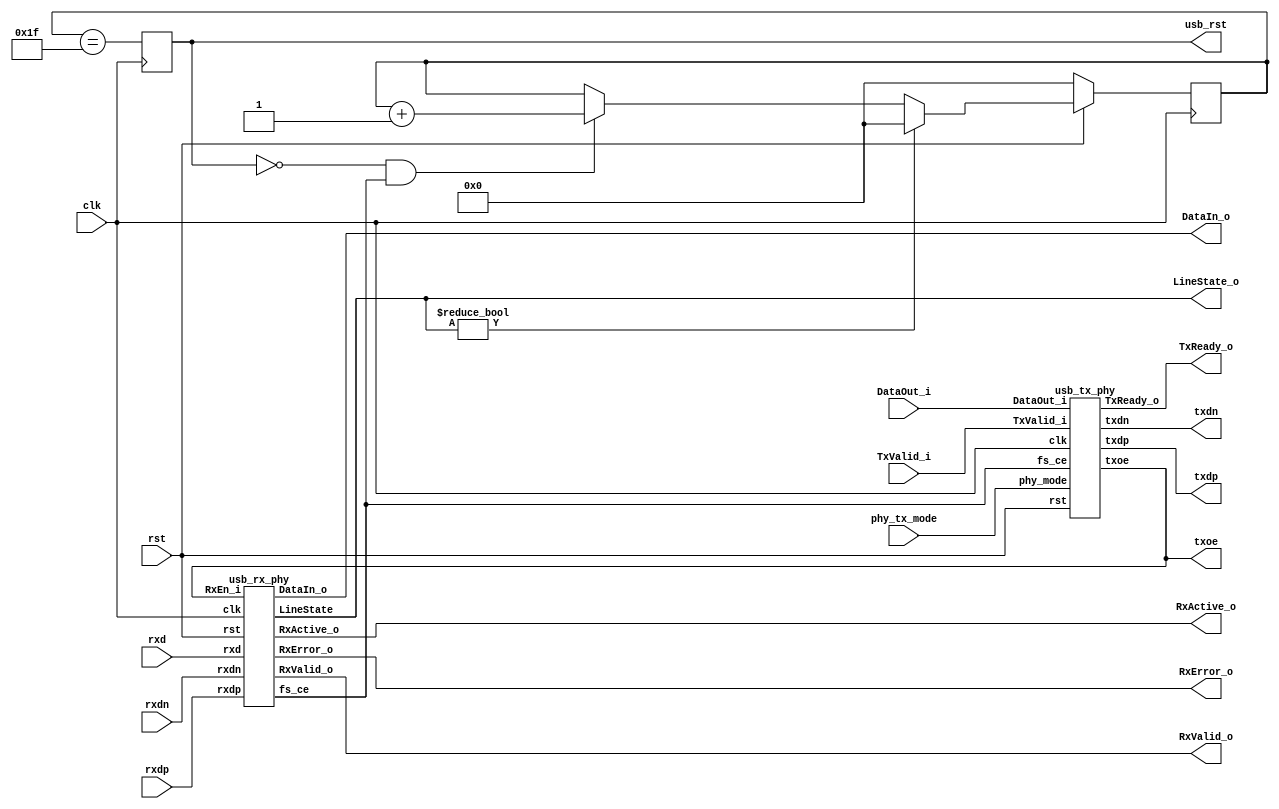
/////////////////////////////////////////////////////////////////////
////                                                             ////
////  USB 1.1 PHY                                                ////
////                                                             ////
////                                                             ////
////          rudi@asics.ws                                      ////
////                                                             ////
////                                                             ////
////  Downloaded from: http://www.opencores.org/cores/usb_phy/   ////
////                                                             ////
/////////////////////////////////////////////////////////////////////
////                                                             ////
//// Copyright (C) 2000-2002 Rudolf Usselmann                    ////
////                         www.asics.ws                        ////
////                         rudi@asics.ws                       ////
////                                                             ////
//// This source file may be used and distributed without        ////
//// restriction provided that this copyright statement is not   ////
//// removed from the file and that any derivative work contains ////
//// the original copyright notice and the associated disclaimer.////
////                                                             ////
////     THIS SOFTWARE IS PROVIDED ``AS IS'' AND WITHOUT ANY     ////
//// EXPRESS OR IMPLIED WARRANTIES, INCLUDING, BUT NOT LIMITED   ////
//// TO, THE IMPLIED WARRANTIES OF MERCHANTABILITY AND FITNESS   ////
//// FOR A PARTICULAR PURPOSE. IN NO EVENT SHALL THE AUTHOR      ////
//// OR CONTRIBUTORS BE LIABLE FOR ANY DIRECT, INDIRECT,         ////
//// INCIDENTAL, SPECIAL, EXEMPLARY, OR CONSEQUENTIAL DAMAGES    ////
//// (INCLUDING, BUT NOT LIMITED TO, PROCUREMENT OF SUBSTITUTE   ////
//// GOODS OR SERVICES; LOSS OF USE, DATA, OR PROFITS; OR        ////
//// BUSINESS INTERRUPTION) HOWEVER CAUSED AND ON ANY THEORY OF  ////
//// LIABILITY, WHETHER IN  CONTRACT, STRICT LIABILITY, OR TORT  ////
//// (INCLUDING NEGLIGENCE OR OTHERWISE) ARISING IN ANY WAY OUT  ////
//// OF THE USE OF THIS SOFTWARE, EVEN IF ADVISED OF THE         ////
//// POSSIBILITY OF SUCH DAMAGE.                                 ////
////                                                             ////
/////////////////////////////////////////////////////////////////////

//  CVS Log
//
//  $Id: usb_phy.v,v 1.4 2003-10-21 05:58:40 rudi Exp $
//
//  $Date: 2003-10-21 05:58:40 $
//  $Revision: 1.4 $
//  $Author: rudi $
//  $Locker:  $
//  $State: Exp $
//
// Change History:
//               $Log: not supported by cvs2svn $
//               Revision 1.3  2003/10/19 17:40:13  rudi
//               - Made core more robust against line noise
//               - Added Error Checking and Reporting
//               (See README.txt for more info)
//
//               Revision 1.2  2002/09/16 16:06:37  rudi
//               Changed top level name to be consistent ...
//
//               Revision 1.1.1.1  2002/09/16 14:26:59  rudi
//               Created Directory Structure
//
//
//
//
//
//
//
//

//`include "timescale.v"

module usb_phy(clk, rst, phy_tx_mode, usb_rst,
	
		// Transciever Interface
		txdp, txdn, txoe,	
		rxd, rxdp, rxdn,

		// UTMI Interface
		DataOut_i, TxValid_i, TxReady_o, RxValid_o,
		RxActive_o, RxError_o, DataIn_o, LineState_o
		);

input		clk;
input		rst;
input		phy_tx_mode;
output		usb_rst;
output		txdp, txdn, txoe;
input		rxd, rxdp, rxdn;
input	[7:0]	DataOut_i;
input		TxValid_i;
output		TxReady_o;
output	[7:0]	DataIn_o;
output		RxValid_o;
output		RxActive_o;
output		RxError_o;
output	[1:0]	LineState_o;

///////////////////////////////////////////////////////////////////
//
// Local Wires and Registers
//

reg	[4:0]	rst_cnt;
reg		usb_rst;
wire		fs_ce;
wire		rst;

///////////////////////////////////////////////////////////////////
//
// Misc Logic
//

///////////////////////////////////////////////////////////////////
//
// TX Phy
//

usb_tx_phy i_tx_phy(
	.clk(		clk		),
	.rst(		rst		),
	.fs_ce(		fs_ce		),
	.phy_mode(	phy_tx_mode	),

	// Transciever Interface
	.txdp(		txdp		),
	.txdn(		txdn		),
	.txoe(		txoe		),

	// UTMI Interface
	.DataOut_i(	DataOut_i	),
	.TxValid_i(	TxValid_i	),
	.TxReady_o(	TxReady_o	)
	);

///////////////////////////////////////////////////////////////////
//
// RX Phy and DPLL
//

usb_rx_phy i_rx_phy(
	.clk(		clk		),
	.rst(		rst		),
	.fs_ce(		fs_ce		),

	// Transciever Interface
	.rxd(		rxd		),
	.rxdp(		rxdp		),
	.rxdn(		rxdn		),

	// UTMI Interface
	.DataIn_o(	DataIn_o	),
	.RxValid_o(	RxValid_o	),
	.RxActive_o(	RxActive_o	),
	.RxError_o(	RxError_o	),
	.RxEn_i(	txoe		),
	.LineState(	LineState_o	)
	);

///////////////////////////////////////////////////////////////////
//
// Generate an USB Reset is we see SE0 for at least 2.5uS
//

`ifdef USB_ASYNC_REST
always @(posedge clk or negedge rst)
`else
always @(posedge clk)
`endif
	if(!rst)			rst_cnt <= 5'h0;
	else
	if(LineState_o != 2'h0)		rst_cnt <= 5'h0;
	else	
	if(!usb_rst && fs_ce)		rst_cnt <= rst_cnt + 5'h1;

always @(posedge clk)
	usb_rst <= (rst_cnt == 5'h1f);

endmodule
/////////////////////////////////////////////////////////////////////
////                                                             ////
////  USB 1.1 PHY                                                ////
////  RX & DPLL                                                  ////
////                                                             ////
////                                                             ////
////          rudi@asics.ws                                      ////
////                                                             ////
////                                                             ////
////  Downloaded from: http://www.opencores.org/cores/usb_phy/   ////
////                                                             ////
/////////////////////////////////////////////////////////////////////
////                                                             ////
//// Copyright (C) 2000-2002 Rudolf Usselmann                    ////
////                         www.asics.ws                        ////
////                         rudi@asics.ws                       ////
////                                                             ////
//// This source file may be used and distributed without        ////
//// restriction provided that this copyright statement is not   ////
//// removed from the file and that any derivative work contains ////
//// the original copyright notice and the associated disclaimer.////
////                                                             ////
////     THIS SOFTWARE IS PROVIDED ``AS IS'' AND WITHOUT ANY     ////
//// EXPRESS OR IMPLIED WARRANTIES, INCLUDING, BUT NOT LIMITED   ////
//// TO, THE IMPLIED WARRANTIES OF MERCHANTABILITY AND FITNESS   ////
//// FOR A PARTICULAR PURPOSE. IN NO EVENT SHALL THE AUTHOR      ////
//// OR CONTRIBUTORS BE LIABLE FOR ANY DIRECT, INDIRECT,         ////
//// INCIDENTAL, SPECIAL, EXEMPLARY, OR CONSEQUENTIAL DAMAGES    ////
//// (INCLUDING, BUT NOT LIMITED TO, PROCUREMENT OF SUBSTITUTE   ////
//// GOODS OR SERVICES; LOSS OF USE, DATA, OR PROFITS; OR        ////
//// BUSINESS INTERRUPTION) HOWEVER CAUSED AND ON ANY THEORY OF  ////
//// LIABILITY, WHETHER IN  CONTRACT, STRICT LIABILITY, OR TORT  ////
//// (INCLUDING NEGLIGENCE OR OTHERWISE) ARISING IN ANY WAY OUT  ////
//// OF THE USE OF THIS SOFTWARE, EVEN IF ADVISED OF THE         ////
//// POSSIBILITY OF SUCH DAMAGE.                                 ////
////                                                             ////
/////////////////////////////////////////////////////////////////////

//  CVS Log
//
//  $Id: usb_rx_phy.v,v 1.5 2004-10-19 09:29:07 rudi Exp $
//
//  $Date: 2004-10-19 09:29:07 $
//  $Revision: 1.5 $
//  $Author: rudi $
//  $Locker:  $
//  $State: Exp $
//
// Change History:
//               $Log: not supported by cvs2svn $
//               Revision 1.4  2003/12/02 04:56:00  rudi
//               Fixed a bug reported by Karl C. Posch from Graz University of Technology. Thanks Karl !
//
//               Revision 1.3  2003/10/19 18:07:45  rudi
//               - Fixed Sync Error to be only checked/generated during the sync phase
//
//               Revision 1.2  2003/10/19 17:40:13  rudi
//               - Made core more robust against line noise
//               - Added Error Checking and Reporting
//               (See README.txt for more info)
//
//               Revision 1.1.1.1  2002/09/16 14:27:01  rudi
//               Created Directory Structure
//
//
//
//
//
//
//
//

//`include "timescale.v"

module usb_rx_phy(	clk, rst, fs_ce,
	
			// Transciever Interface
			rxd, rxdp, rxdn,

			// UTMI Interface
			RxValid_o, RxActive_o, RxError_o, DataIn_o,
			RxEn_i, LineState);

input		clk;
input		rst;
output		fs_ce;
input		rxd, rxdp, rxdn;
output	[7:0]	DataIn_o;
output		RxValid_o;
output		RxActive_o;
output		RxError_o;
input		RxEn_i;
output	[1:0]	LineState;

///////////////////////////////////////////////////////////////////
//
// Local Wires and Registers
//

reg		rxd_s0, rxd_s1,  rxd_s;
reg		rxdp_s0, rxdp_s1, rxdp_s, rxdp_s_r;
reg		rxdn_s0, rxdn_s1, rxdn_s, rxdn_s_r;
reg		synced_d;
wire		k, j, se0;
reg		rxd_r;
reg		rx_en;
reg		rx_active;
reg	[2:0]	bit_cnt;
reg		rx_valid1, rx_valid;
reg		shift_en;
reg		sd_r;
reg		sd_nrzi;
reg	[7:0]	hold_reg;
wire		drop_bit;	// Indicates a stuffed bit
reg	[2:0]	one_cnt;

reg	[1:0]	dpll_state, dpll_next_state;
reg		fs_ce_d;
reg		fs_ce;
wire		change;
wire		lock_en;
reg	[2:0]	fs_state, fs_next_state;
reg		rx_valid_r;
reg		sync_err_d, sync_err;
reg		bit_stuff_err;
reg		se0_r, byte_err;
reg		se0_s;

///////////////////////////////////////////////////////////////////
//
// Misc Logic
//

assign RxActive_o = rx_active;
assign RxValid_o = rx_valid;
assign RxError_o = sync_err | bit_stuff_err | byte_err;
assign DataIn_o = hold_reg;
assign LineState = {rxdn_s1, rxdp_s1};

always @(posedge clk)	rx_en <= RxEn_i;
always @(posedge clk)	sync_err <= !rx_active & sync_err_d;

///////////////////////////////////////////////////////////////////
//
// Synchronize Inputs
//

// First synchronize to the local system clock to
// avoid metastability outside the sync block (*_s0).
// Then make sure we see the signal for at least two
// clock cycles stable to avoid glitches and noise

always @(posedge clk)	rxd_s0  <= rxd;
always @(posedge clk)	rxd_s1  <= rxd_s0;
always @(posedge clk)							// Avoid detecting Line Glitches and noise
	if(rxd_s0 && rxd_s1)	rxd_s <= 1'b1;
	else
	if(!rxd_s0 && !rxd_s1)	rxd_s <= 1'b0;

always @(posedge clk)	rxdp_s0  <= rxdp;
always @(posedge clk)	rxdp_s1  <= rxdp_s0;
always @(posedge clk)	rxdp_s_r <= rxdp_s0 & rxdp_s1;
always @(posedge clk)	rxdp_s   <= (rxdp_s0 & rxdp_s1) | rxdp_s_r;	// Avoid detecting Line Glitches and noise

always @(posedge clk)	rxdn_s0  <= rxdn;
always @(posedge clk)	rxdn_s1  <= rxdn_s0;
always @(posedge clk)	rxdn_s_r <= rxdn_s0 & rxdn_s1;
always @(posedge clk)	rxdn_s   <= (rxdn_s0 & rxdn_s1) | rxdn_s_r;	// Avoid detecting Line Glitches and noise

assign k = !rxdp_s &  rxdn_s;
assign j =  rxdp_s & !rxdn_s;
assign se0 = !rxdp_s & !rxdn_s;

always @(posedge clk)	if(fs_ce)	se0_s <= se0;

///////////////////////////////////////////////////////////////////
//
// DPLL
//

// This design uses a clock enable to do 12Mhz timing and not a
// real 12Mhz clock. Everything always runs at 48Mhz. We want to
// make sure however, that the clock enable is always exactly in
// the middle between two virtual 12Mhz rising edges.
// We monitor rxdp and rxdn for any changes and do the appropiate
// adjustments.
// In addition to the locking done in the dpll FSM, we adjust the
// final latch enable to compensate for various sync registers ...

// Allow lockinf only when we are receiving
assign	lock_en = rx_en;

always @(posedge clk)	rxd_r <= rxd_s;

// Edge detector
assign change = rxd_r != rxd_s;

// DPLL FSM
`ifdef USB_ASYNC_REST
always @(posedge clk or negedge rst)
`else
always @(posedge clk)
`endif
	if(!rst)	dpll_state <= 2'h1;
	else		dpll_state <= dpll_next_state;

always @(dpll_state or lock_en or change)
   begin
	fs_ce_d = 1'b0;
	case(dpll_state)	// synopsys full_case parallel_case
	   2'h0:
		if(lock_en && change)	dpll_next_state = 2'h0;
		else			dpll_next_state = 2'h1;
	   2'h1:begin
		fs_ce_d = 1'b1;
		if(lock_en && change)	dpll_next_state = 2'h3;
		else			dpll_next_state = 2'h2;
		end
	   2'h2:
		if(lock_en && change)	dpll_next_state = 2'h0;
		else			dpll_next_state = 2'h3;
	   2'h3:
		if(lock_en && change)	dpll_next_state = 2'h0;
		else			dpll_next_state = 2'h0;
	endcase
   end

// Compensate for sync registers at the input - allign full speed
// clock enable to be in the middle between two bit changes ...
reg	fs_ce_r1, fs_ce_r2;

always @(posedge clk)	fs_ce_r1 <= fs_ce_d;
always @(posedge clk)	fs_ce_r2 <= fs_ce_r1;
always @(posedge clk)	fs_ce <= fs_ce_r2;


///////////////////////////////////////////////////////////////////
//
// Find Sync Pattern FSM
//

parameter	FS_IDLE	= 3'h0,
		K1	= 3'h1,
		J1	= 3'h2,
		K2	= 3'h3,
		J2	= 3'h4,
		K3	= 3'h5,
		J3	= 3'h6,
		K4	= 3'h7;

`ifdef USB_ASYNC_REST
always @(posedge clk or negedge rst)
`else
always @(posedge clk)
`endif
	if(!rst)	fs_state <= FS_IDLE;
	else		fs_state <= fs_next_state;

always @(fs_state or fs_ce or k or j or rx_en or rx_active or se0 or se0_s)
   begin
	synced_d = 1'b0;
	sync_err_d = 1'b0;
	fs_next_state = fs_state;
	if(fs_ce && !rx_active && !se0 && !se0_s)
	   case(fs_state)	// synopsys full_case parallel_case
		FS_IDLE:
		     begin
			if(k && rx_en)	fs_next_state = K1;
		     end
		K1:
		     begin
			if(j && rx_en)	fs_next_state = J1;
			else
			   begin
					sync_err_d = 1'b1;
					fs_next_state = FS_IDLE;
			   end
		     end
		J1:
		     begin
			if(k && rx_en)	fs_next_state = K2;
			else
			   begin
					sync_err_d = 1'b1;
					fs_next_state = FS_IDLE;
			   end
		     end
		K2:
		     begin
			if(j && rx_en)	fs_next_state = J2;
			else
			   begin
					sync_err_d = 1'b1;
					fs_next_state = FS_IDLE;
			   end
		     end
		J2:
		     begin
			if(k && rx_en)	fs_next_state = K3;
			else
			   begin
					sync_err_d = 1'b1;
					fs_next_state = FS_IDLE;
			   end
		     end
		K3:
		     begin
			if(j && rx_en)	fs_next_state = J3;
			else
			if(k && rx_en)
			   begin
					fs_next_state = FS_IDLE;	// Allow missing first K-J
					synced_d = 1'b1;
			   end
			else
			   begin
					sync_err_d = 1'b1;
					fs_next_state = FS_IDLE;
			   end
		     end
		J3:
		     begin
			if(k && rx_en)	fs_next_state = K4;
			else
			   begin
					sync_err_d = 1'b1;
					fs_next_state = FS_IDLE;
			   end
		     end
		K4:
		     begin
			if(k)	synced_d = 1'b1;
			fs_next_state = FS_IDLE;
		     end
	   endcase
   end

///////////////////////////////////////////////////////////////////
//
// Generate RxActive
//

`ifdef USB_ASYNC_REST
always @(posedge clk or negedge rst)
`else
always @(posedge clk)
`endif
	if(!rst)		rx_active <= 1'b0;
	else
	if(synced_d && rx_en)	rx_active <= 1'b1;
	else
	if(se0 && rx_valid_r)	rx_active <= 1'b0;

always @(posedge clk)
	if(rx_valid)	rx_valid_r <= 1'b1;
	else
	if(fs_ce)	rx_valid_r <= 1'b0;

///////////////////////////////////////////////////////////////////
//
// NRZI Decoder
//

always @(posedge clk)
	if(fs_ce)	sd_r <= rxd_s;

`ifdef USB_ASYNC_REST
always @(posedge clk or negedge rst)
`else
always @(posedge clk)
`endif
	if(!rst)		sd_nrzi <= 1'b0;
	else
	if(!rx_active)		sd_nrzi <= 1'b1;
	else
	if(rx_active && fs_ce)	sd_nrzi <= !(rxd_s ^ sd_r);

///////////////////////////////////////////////////////////////////
//
// Bit Stuff Detect
//

`ifdef USB_ASYNC_REST
always @(posedge clk or negedge rst)
`else
always @(posedge clk)
`endif
	if(!rst)	one_cnt <= 3'h0;
	else
	if(!shift_en)	one_cnt <= 3'h0;
	else
	if(fs_ce)
	   begin
		if(!sd_nrzi || drop_bit)	one_cnt <= 3'h0;
		else				one_cnt <= one_cnt + 3'h1;
	   end

assign drop_bit = (one_cnt==3'h6);

always @(posedge clk)	bit_stuff_err <= drop_bit & sd_nrzi & fs_ce & !se0 & rx_active; // Bit Stuff Error

///////////////////////////////////////////////////////////////////
//
// Serial => Parallel converter
//

always @(posedge clk)
	if(fs_ce)	shift_en <= synced_d | rx_active;

always @(posedge clk)
	if(fs_ce && shift_en && !drop_bit)
		hold_reg <= {sd_nrzi, hold_reg[7:1]};

///////////////////////////////////////////////////////////////////
//
// Generate RxValid
//

`ifdef USB_ASYNC_REST
always @(posedge clk or negedge rst)
`else
always @(posedge clk)
`endif
	if(!rst)		bit_cnt <= 3'b0;
	else
	if(!shift_en)		bit_cnt <= 3'h0;
	else
	if(fs_ce && !drop_bit)	bit_cnt <= bit_cnt + 3'h1;

`ifdef USB_ASYNC_REST
always @(posedge clk or negedge rst)
`else
always @(posedge clk)
`endif
	if(!rst)					rx_valid1 <= 1'b0;
	else
	if(fs_ce && !drop_bit && (bit_cnt==3'h7))	rx_valid1 <= 1'b1;
	else
	if(rx_valid1 && fs_ce && !drop_bit)		rx_valid1 <= 1'b0;

always @(posedge clk)	rx_valid <= !drop_bit & rx_valid1 & fs_ce;

always @(posedge clk)	se0_r <= se0;

always @(posedge clk)	byte_err <= se0 & !se0_r & (|bit_cnt[2:1]) & rx_active;

endmodule

/////////////////////////////////////////////////////////////////////
////                                                             ////
////  USB 1.1 PHY                                                ////
////  TX                                                         ////
////                                                             ////
////                                                             ////
////          rudi@asics.ws                                      ////
////                                                             ////
////                                                             ////
////  Downloaded from: http://www.opencores.org/cores/usb_phy/   ////
////                                                             ////
/////////////////////////////////////////////////////////////////////
////                                                             ////
//// Copyright (C) 2000-2002 Rudolf Usselmann                    ////
////                         www.asics.ws                        ////
////                         rudi@asics.ws                       ////
////                                                             ////
//// This source file may be used and distributed without        ////
//// restriction provided that this copyright statement is not   ////
//// removed from the file and that any derivative work contains ////
//// the original copyright notice and the associated disclaimer.////
////                                                             ////
////     THIS SOFTWARE IS PROVIDED ``AS IS'' AND WITHOUT ANY     ////
//// EXPRESS OR IMPLIED WARRANTIES, INCLUDING, BUT NOT LIMITED   ////
//// TO, THE IMPLIED WARRANTIES OF MERCHANTABILITY AND FITNESS   ////
//// FOR A PARTICULAR PURPOSE. IN NO EVENT SHALL THE AUTHOR      ////
//// OR CONTRIBUTORS BE LIABLE FOR ANY DIRECT, INDIRECT,         ////
//// INCIDENTAL, SPECIAL, EXEMPLARY, OR CONSEQUENTIAL DAMAGES    ////
//// (INCLUDING, BUT NOT LIMITED TO, PROCUREMENT OF SUBSTITUTE   ////
//// GOODS OR SERVICES; LOSS OF USE, DATA, OR PROFITS; OR        ////
//// BUSINESS INTERRUPTION) HOWEVER CAUSED AND ON ANY THEORY OF  ////
//// LIABILITY, WHETHER IN  CONTRACT, STRICT LIABILITY, OR TORT  ////
//// (INCLUDING NEGLIGENCE OR OTHERWISE) ARISING IN ANY WAY OUT  ////
//// OF THE USE OF THIS SOFTWARE, EVEN IF ADVISED OF THE         ////
//// POSSIBILITY OF SUCH DAMAGE.                                 ////
////                                                             ////
/////////////////////////////////////////////////////////////////////

//  CVS Log
//
//  $Id: usb_tx_phy.v,v 1.4 2004-10-19 09:29:07 rudi Exp $
//
//  $Date: 2004-10-19 09:29:07 $
//  $Revision: 1.4 $
//  $Author: rudi $
//  $Locker:  $
//  $State: Exp $
//
// Change History:
//               $Log: not supported by cvs2svn $
//               Revision 1.3  2003/10/21 05:58:41  rudi
//               usb_rst is no longer or'ed with the incomming reset internally.
//               Now usb_rst is simply an output, the application can decide how
//               to utilize it.
//
//               Revision 1.2  2003/10/19 17:40:13  rudi
//               - Made core more robust against line noise
//               - Added Error Checking and Reporting
//               (See README.txt for more info)
//
//               Revision 1.1.1.1  2002/09/16 14:27:02  rudi
//               Created Directory Structure
//
//
//
//
//
//
//

//`include "timescale.v"

module usb_tx_phy(
		clk, rst, fs_ce, phy_mode,
	
		// Transciever Interface
		txdp, txdn, txoe,	

		// UTMI Interface
		DataOut_i, TxValid_i, TxReady_o
		);

input		clk;
input		rst;
input		fs_ce;
input		phy_mode;
output		txdp, txdn, txoe;
input	[7:0]	DataOut_i;
input		TxValid_i;
output		TxReady_o;

///////////////////////////////////////////////////////////////////
//
// Local Wires and Registers
//

parameter	IDLE	= 3'd0,
		SOP	= 3'h1,
		DATA	= 3'h2,
		EOP1	= 3'h3,
		EOP2	= 3'h4,
		WAIT	= 3'h5;

reg		TxReady_o;
reg	[2:0]	state, next_state;
reg		tx_ready_d;
reg		ld_sop_d;
reg		ld_data_d;
reg		ld_eop_d;
reg		tx_ip;
reg		tx_ip_sync;
reg	[2:0]	bit_cnt;
reg	[7:0]	hold_reg;
reg	[7:0]	hold_reg_d;

reg		sd_raw_o;
wire		hold;
reg		data_done;
reg		sft_done;
reg		sft_done_r;
wire		sft_done_e;
reg		ld_data;
wire		eop_done;
reg	[2:0]	one_cnt;
wire		stuff;
reg		sd_bs_o;
reg		sd_nrzi_o;
reg		append_eop;
reg		append_eop_sync1;
reg		append_eop_sync2;
reg		append_eop_sync3;
reg		append_eop_sync4;
reg		txdp, txdn;
reg		txoe_r1, txoe_r2;
reg		txoe;

///////////////////////////////////////////////////////////////////
//
// Misc Logic
//

`ifdef USB_ASYNC_REST
always @(posedge clk or negedge rst)
`else
always @(posedge clk)
`endif
	if(!rst)	TxReady_o <= 1'b0;
	else		TxReady_o <= tx_ready_d & TxValid_i;

always @(posedge clk) ld_data <= ld_data_d;

///////////////////////////////////////////////////////////////////
//
// Transmit in progress indicator
//

`ifdef USB_ASYNC_REST
always @(posedge clk or negedge rst)
`else
always @(posedge clk)
`endif
	if(!rst)	tx_ip <= 1'b0;
	else
	if(ld_sop_d)	tx_ip <= 1'b1;
	else
	if(eop_done)	tx_ip <= 1'b0;

`ifdef USB_ASYNC_REST
always @(posedge clk or negedge rst)
`else
always @(posedge clk)
`endif
	if(!rst)		tx_ip_sync <= 1'b0;
	else
	if(fs_ce)		tx_ip_sync <= tx_ip;

// data_done helps us to catch cases where TxValid drops due to
// packet end and then gets re-asserted as a new packet starts.
// We might not see this because we are still transmitting.
// data_done should solve those cases ...
`ifdef USB_ASYNC_REST
always @(posedge clk or negedge rst)
`else
always @(posedge clk)
`endif
	if(!rst)			data_done <= 1'b0;
	else
	if(TxValid_i && ! tx_ip)	data_done <= 1'b1;
	else
	if(!TxValid_i)			data_done <= 1'b0;

///////////////////////////////////////////////////////////////////
//
// Shift Register
//

`ifdef USB_ASYNC_REST
always @(posedge clk or negedge rst)
`else
always @(posedge clk)
`endif
	if(!rst)		bit_cnt <= 3'h0;
	else
	if(!tx_ip_sync)		bit_cnt <= 3'h0;
	else
	if(fs_ce && !hold)	bit_cnt <= bit_cnt + 3'h1;

assign hold = stuff;

always @(posedge clk)
	if(!tx_ip_sync)		sd_raw_o <= 1'b0;
	else
	case(bit_cnt)	// synopsys full_case parallel_case
	   3'h0: sd_raw_o <= hold_reg_d[0];
	   3'h1: sd_raw_o <= hold_reg_d[1];
	   3'h2: sd_raw_o <= hold_reg_d[2];
	   3'h3: sd_raw_o <= hold_reg_d[3];
	   3'h4: sd_raw_o <= hold_reg_d[4];
	   3'h5: sd_raw_o <= hold_reg_d[5];
	   3'h6: sd_raw_o <= hold_reg_d[6];
	   3'h7: sd_raw_o <= hold_reg_d[7];
	endcase

always @(posedge clk)
	sft_done <= !hold & (bit_cnt == 3'h7);

always @(posedge clk)
	sft_done_r <= sft_done;

assign sft_done_e = sft_done & !sft_done_r;

// Out Data Hold Register
always @(posedge clk)
	if(ld_sop_d)	hold_reg <= 8'h80;
	else
	if(ld_data)	hold_reg <= DataOut_i;

always @(posedge clk) hold_reg_d <= hold_reg;

///////////////////////////////////////////////////////////////////
//
// Bit Stuffer
//

`ifdef USB_ASYNC_REST
always @(posedge clk or negedge rst)
`else
always @(posedge clk)
`endif
	if(!rst)	one_cnt <= 3'h0;
	else
	if(!tx_ip_sync)	one_cnt <= 3'h0;
	else
	if(fs_ce)
	   begin
		if(!sd_raw_o || stuff)	one_cnt <= 3'h0;
		else			one_cnt <= one_cnt + 3'h1;
	   end

assign stuff = (one_cnt==3'h6);

`ifdef USB_ASYNC_REST
always @(posedge clk or negedge rst)
`else
always @(posedge clk)
`endif
	if(!rst)	sd_bs_o <= 1'h0;
	else
	if(fs_ce)	sd_bs_o <= !tx_ip_sync ? 1'b0 : (stuff ? 1'b0 : sd_raw_o);

///////////////////////////////////////////////////////////////////
//
// NRZI Encoder
//

`ifdef USB_ASYNC_REST
always @(posedge clk or negedge rst)
`else
always @(posedge clk)
`endif
	if(!rst)			sd_nrzi_o <= 1'b1;
	else
	if(!tx_ip_sync || !txoe_r1)	sd_nrzi_o <= 1'b1;
	else
	if(fs_ce)			sd_nrzi_o <= sd_bs_o ? sd_nrzi_o : ~sd_nrzi_o;

///////////////////////////////////////////////////////////////////
//
// EOP append logic
//

`ifdef USB_ASYNC_REST
always @(posedge clk or negedge rst)
`else
always @(posedge clk)
`endif
	if(!rst)		append_eop <= 1'b0;
	else
	if(ld_eop_d)		append_eop <= 1'b1;
	else
	if(append_eop_sync2)	append_eop <= 1'b0;

`ifdef USB_ASYNC_REST
always @(posedge clk or negedge rst)
`else
always @(posedge clk)
`endif
	if(!rst)	append_eop_sync1 <= 1'b0;
	else
	if(fs_ce)	append_eop_sync1 <= append_eop;

`ifdef USB_ASYNC_REST
always @(posedge clk or negedge rst)
`else
always @(posedge clk)
`endif
	if(!rst)	append_eop_sync2 <= 1'b0;
	else
	if(fs_ce)	append_eop_sync2 <= append_eop_sync1;

`ifdef USB_ASYNC_REST
always @(posedge clk or negedge rst)
`else
always @(posedge clk)
`endif
	if(!rst)	append_eop_sync3 <= 1'b0;
	else
	if(fs_ce)	append_eop_sync3 <= append_eop_sync2 |
			(append_eop_sync3 & !append_eop_sync4);	// Make sure always 2 bit wide

`ifdef USB_ASYNC_REST
always @(posedge clk or negedge rst)
`else
always @(posedge clk)
`endif
	if(!rst)	append_eop_sync4 <= 1'b0;
	else
	if(fs_ce)	append_eop_sync4 <= append_eop_sync3;

assign eop_done = append_eop_sync3;

///////////////////////////////////////////////////////////////////
//
// Output Enable Logic
//

`ifdef USB_ASYNC_REST
always @(posedge clk or negedge rst)
`else
always @(posedge clk)
`endif
	if(!rst)	txoe_r1 <= 1'b0;
	else
	if(fs_ce)	txoe_r1 <= tx_ip_sync;

`ifdef USB_ASYNC_REST
always @(posedge clk or negedge rst)
`else
always @(posedge clk)
`endif
	if(!rst)	txoe_r2 <= 1'b0;
	else
	if(fs_ce)	txoe_r2 <= txoe_r1;

`ifdef USB_ASYNC_REST
always @(posedge clk or negedge rst)
`else
always @(posedge clk)
`endif
	if(!rst)	txoe <= 1'b1;
	else
	if(fs_ce)	txoe <= !(txoe_r1 | txoe_r2);

///////////////////////////////////////////////////////////////////
//
// Output Registers
//

`ifdef USB_ASYNC_REST
always @(posedge clk or negedge rst)
`else
always @(posedge clk)
`endif
	if(!rst)	txdp <= 1'b1;
	else
	if(fs_ce)	txdp <= phy_mode ?
					(!append_eop_sync3 &  sd_nrzi_o) :
					sd_nrzi_o;

`ifdef USB_ASYNC_REST
always @(posedge clk or negedge rst)
`else
always @(posedge clk)
`endif
	if(!rst)	txdn <= 1'b0;
	else
	if(fs_ce)	txdn <= phy_mode ?
					(!append_eop_sync3 & ~sd_nrzi_o) :
					append_eop_sync3;

///////////////////////////////////////////////////////////////////
//
// Tx Statemashine
//

`ifdef USB_ASYNC_REST
always @(posedge clk or negedge rst)
`else
always @(posedge clk)
`endif
	if(!rst)	state <= IDLE;
	else		state <= next_state;

always @(state or TxValid_i or data_done or sft_done_e or eop_done or fs_ce)
   begin
	next_state = state;
	tx_ready_d = 1'b0;

	ld_sop_d = 1'b0;
	ld_data_d = 1'b0;
	ld_eop_d = 1'b0;

	case(state)	// synopsys full_case parallel_case
	   IDLE:
			if(TxValid_i)
			   begin
				ld_sop_d = 1'b1;
				next_state = SOP;
			   end
	   SOP:
			if(sft_done_e)
			   begin
				tx_ready_d = 1'b1;
				ld_data_d = 1'b1;
				next_state = DATA;
			   end
	   DATA:
		   begin
			if(!data_done && sft_done_e)
			   begin
				ld_eop_d = 1'b1;
				next_state = EOP1;
			   end
			
			if(data_done && sft_done_e)
			   begin
				tx_ready_d = 1'b1;
				ld_data_d = 1'b1;
			   end
		   end
	   EOP1:
			if(eop_done)		next_state = EOP2;
	   EOP2:
			if(!eop_done && fs_ce)	next_state = WAIT;
	   WAIT:
			if(fs_ce)		next_state = IDLE;
	endcase
   end

endmodule